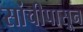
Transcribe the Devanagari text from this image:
सांचीपासून